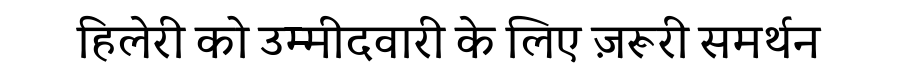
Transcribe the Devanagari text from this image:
हिलेरी को उम्मीदवारी के लिए ज़रूरी समर्थन